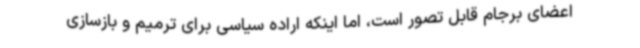
اعضای برجام قابل تصور است، اما اینکه اراده سیاسی برای ترمیم و بازسازی